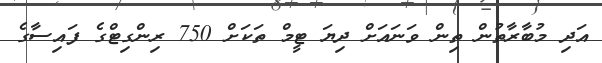
އަދި މުބާރާތުން ތިން ވަނައަށް ދިޔަ ޓީމް ތަކަށް 750 ރިންގިޓްގެ ފައިސާގެ